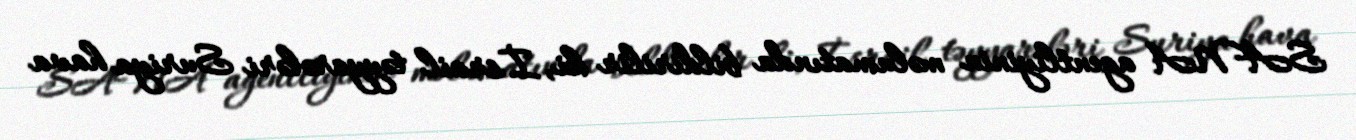
SANA agentliyinin məlumatında bildirilir ki, İsrail təyyarələri Suriya hava